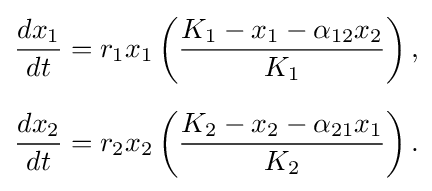
{\begin{aligned}{dx_{1} \over dt}&=r_{1}x_{1}\left({K_{1}-x_{1}-\alpha _{12}x_{2} \over K_{1}}\right),\\[6pt]{dx_{2} \over dt}&=r_{2}x_{2}\left({K_{2}-x_{2}-\alpha _{21}x_{1} \over K_{2}}\right).\end{aligned}}